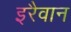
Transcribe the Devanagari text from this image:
इरैवान